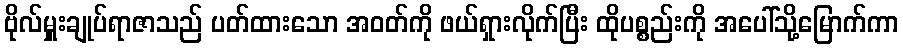
ဗိုလ်မှူးချုပ်ရာဇာသည် ပတ်ထားသော အဝတ်ကို ဖယ်ရှားလိုက်ပြီး ထိုပစ္စည်းကို အပေါ်သို့မြောက်ကာ